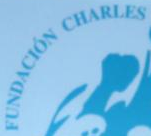
FUNDACION CHARLES